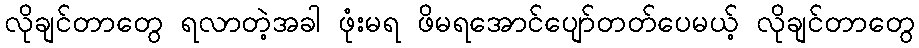
လိုချင်တာတွေ ရလာတဲ့အခါ ဖုံးမရ ဖိမရအောင်ပျော်တတ်ပေမယ့် လိုချင်တာတွေ